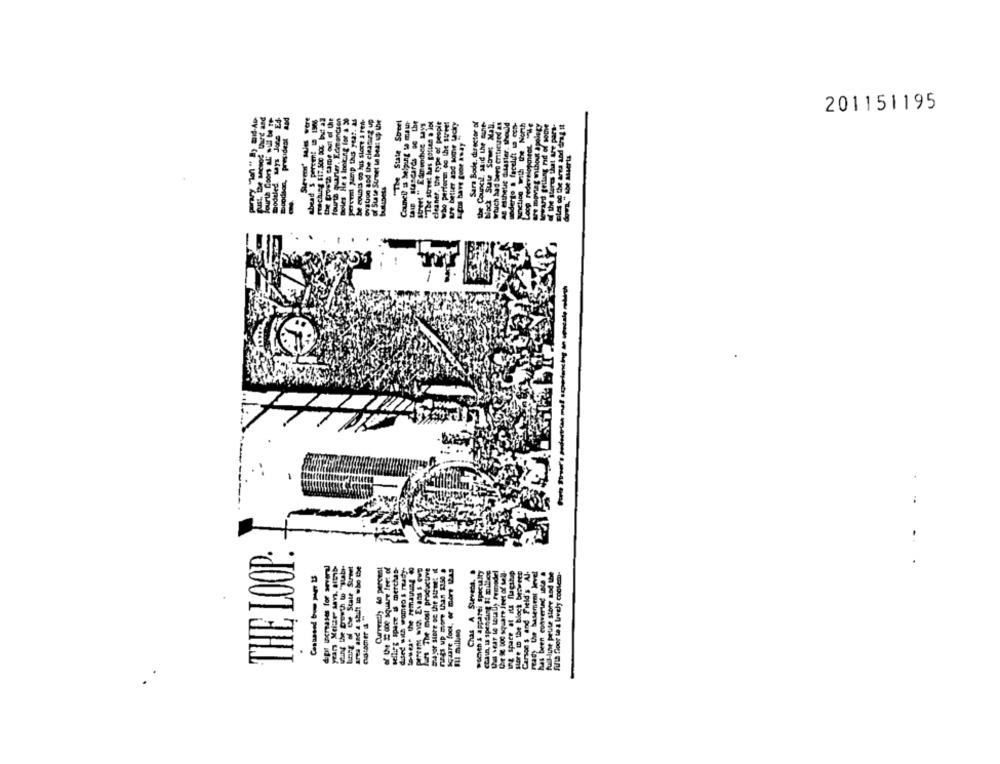
201151195
Surver' sles were
ahead 5 percent 1 1966
the growth came out of the
fourth quarter. Edmancsen
Deles He s Innkung ine a 20
porrer Meip this year. as
be counts oo hus store s ren-
ovation and the ciestart up
of State Street un beat up the
"The State Street
Council ss Helping & mann-
"The street has gotten a lot
who performs es the street
Sara Bode, director of
the Council, said the cone-
Back Suu Some: Mall.
wtuch had bers enticued as
AB esthetic Charter, should
oderto . facelift ia ccD-
unction with the North
an monat mihout spolety
Street " Elovochier Mys
cleaner, the type of people
are better and some tacky
Loop redevelopment. "The
leward friling nd of som
Stores that the para-
moodson, president
signs bare goor Away
w." she asserts
daled says
... .
THE LOOP:
berg of the State Street
dpt increases for sovery
Currently 40 percent
of Che # oe square feet of
sellfg Spane & merchas
dised with womito & rady.
In The most productive
4 for Store on the street il
Fags up more than 1150 a
Square foot, or more thas
Chas A Stervens. .
women & apparel speculty
Us wear to touals remodel
Store m the black broweer
Carsoe s and Field's Al.
ready the basement level
has been converund Lade a
full-line peute store and the
fute Door to a lovely cooler
Sil milleo
.